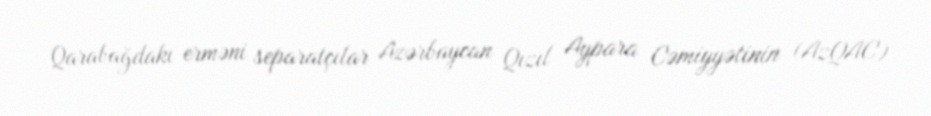
Qarabağdakı erməni separatçılar Azərbaycan Qızıl Aypara Cəmiyyətinin (AzQAC)